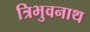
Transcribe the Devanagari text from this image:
त्रिभुवनाथ